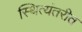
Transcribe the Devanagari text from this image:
स्थित्यंतरीत